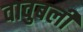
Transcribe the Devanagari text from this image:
वावुबली